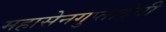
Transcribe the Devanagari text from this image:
महासेनगुप्तादेवी